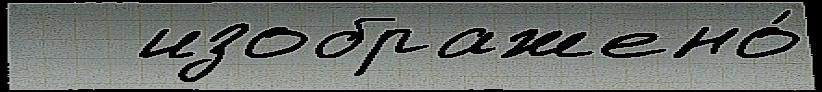
   изображено́